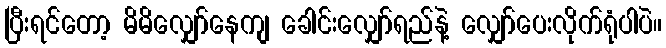
ပြီးရင်တော့ မိမိလျှော်နေကျ ခေါင်းလျှော်ရည်နဲ့ လျှော်ပေးလိုက်ရုံပါပဲ။